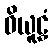
ဝိယူဠှံ